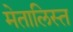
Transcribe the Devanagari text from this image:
मेतालिस्त